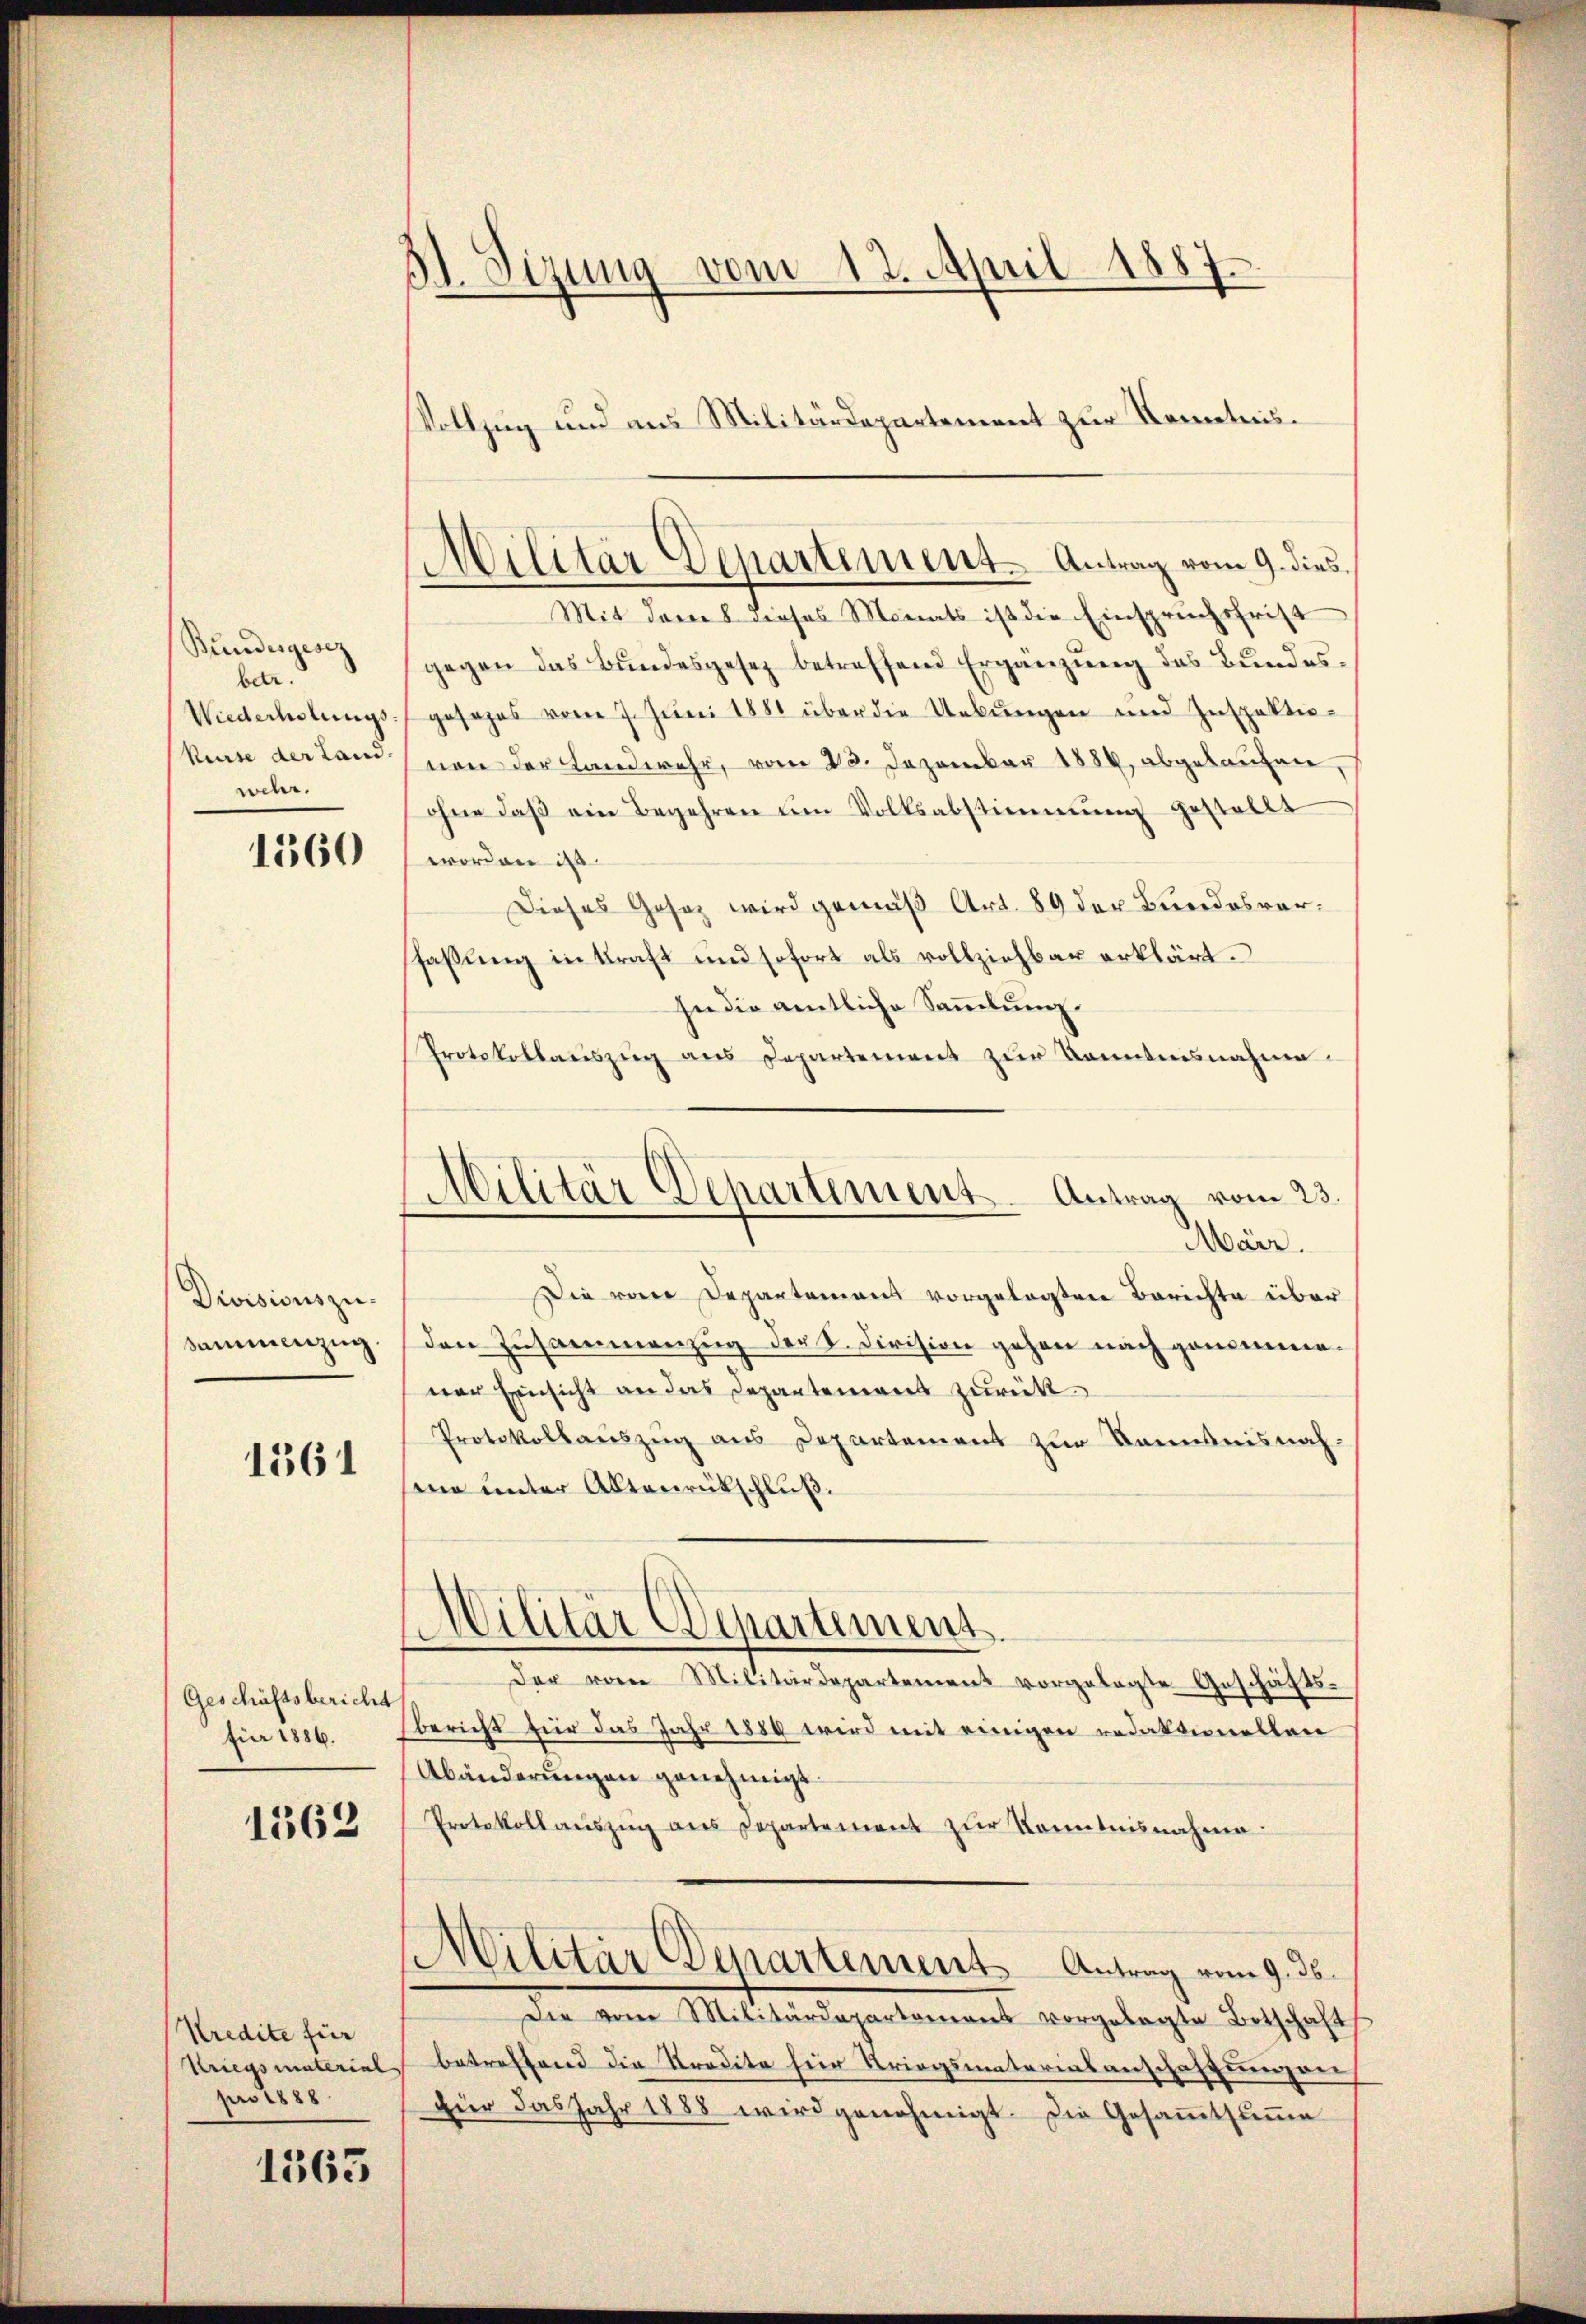
Bundesgesez
betr.
Wiederholungs¬
Reute der Land.
wehr.

1360

Divisionszu¬
Sammenzug

1361

Geschäftsbericht
für 1886.

1562

Kredite für
Kriegsmaterial
pro 1888

1563

B. Sizung vom 12. April 1887
.
Vollzug und aus Militärdepartement zur Kenntnis¬

Militär Departement. Antrag vom 9. dies

Militär Departement. Antrag vom 23.
Mair.

Mit deres dieses Monats ist die Einspruchsfrist
gegen das Bundesgesez betreffend Ergänzung des Bundesgesehes vom 7. Juni 1881 über die Uebungen und Inspektio-
nen der Landwehr, vom 22. Dezember 1884, abgelaufen,
ohne daß ein Begehren um Volksabstimmung gestellt
worden ist
Dieses Gesez wird gemäß Art. 89 der Breedos verfaßung in kraft und sofort als vollziehbar erklärt.
In die amtliche Sammlung.
Protokollauszug aus Departement zur Kenntnisnahme.
Die vom Departamens vorgelegten Berichte über
den Zusammenzug der K. Division gehen nach genomme-
ner Einsicht an das Departement zurück
Protokollauszug aus Departement zur Kenntnisnahme unter Aktenrückschluß.
Wilitär Departement
Der vom Militärdepartement vorgelegte Geschäftsbericht für das Jahr 1889 wird mit einigen redaktionellen
Abänderungen genehmigt.
Protokoll aŭszŭg ans Departement zŭr Kenntnisnahme
Militär Departements-Antrag vom 9. ds.
Die vom Militärdepartamens vorgelegte Botschaft
betreffend die Kredite hier Kriegsmateriasanschaffungen
Für das Jahr 1888 wird genehmigt. Die Gesammtsumme